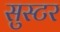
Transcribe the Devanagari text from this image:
सुस्टर